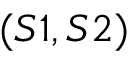
( S 1 , S 2 )